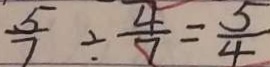
\frac { 5 } { 7 } \div \frac { 4 } { 7 } = \frac { 5 } { 4 }